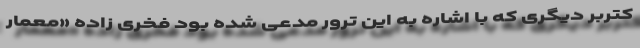
کتربر دیگری که با اشاره به این ترور مدعی شده بود فخری زاده «معمار